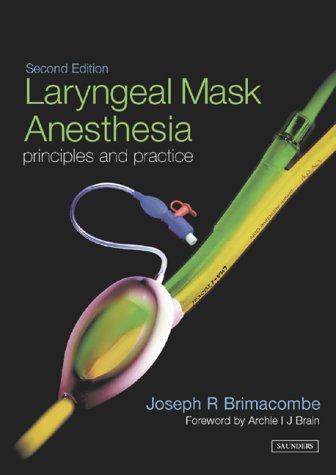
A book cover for Laryngeal Mask Anesthesia: Principles and Practice, 2e; Joe R. Brimacombe MB  ChB  FRCA  MD; Medical Books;